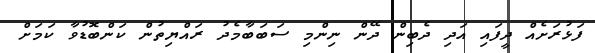
ފަޅުރަށެއް ދީފައި އަދި ދެބިން ދޭން ނިންމި ސަބަބާމެދު ރައްޔިތުން ކަންބޮޑުވާ ކަމަށް